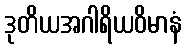
ဒုတိယအဂါရိယဝိမာနံ